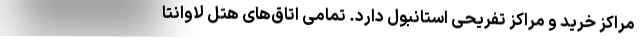
مراکز خرید و مراکز تفریحی استانبول دارد. تمامی اتاق‌های هتل لاوانتا